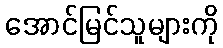
အောင်မြင်သူများကို